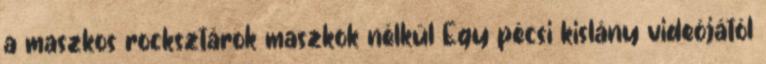
a maszkos rocksztárok maszkok nélkül Egy pécsi kislány videójától